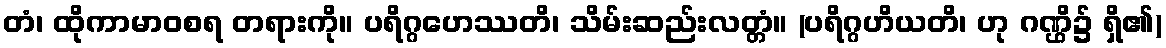
တံ၊ ထိုကာမာဝစရ တရားကို။ ပရိဂ္ဂဟေဿတိ၊ သိမ်းဆည်းလတ္တံ။ (ပရိဂ္ဂဟိယတိ၊ ဟု ဂဏ္ဌိ၌ ရှိ၏)